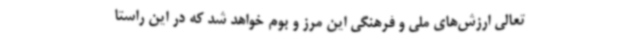
تعالی ارزش‌های ملی و فرهنگی این مرز و بوم خواهد شد که در این راستا